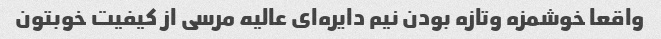
واقعا خوشمزه و‌تازه بودن نیم دایره‌ای عالیه مرسی از کیفیت خوبتون